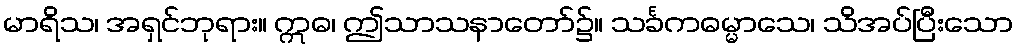
မာရိသ၊ အရှင်ဘုရား။ ဣဓ၊ ဤသာသနာတော်၌။ သင်္ခကဓမ္မာသေ၊ သိအပ်ပြီးသော